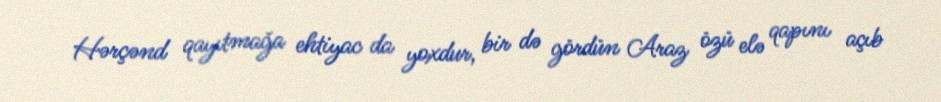
Hərçənd qayıtmağa ehtiyac da yoxdur, bir də gördün Araz özü elə qapını açıb